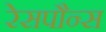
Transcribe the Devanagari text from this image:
रेसपौन्स